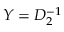
Y = D _ { 2 } ^ { - 1 }